Plague in India, 1896, 1897 - Volume 2
Year: 1896
Disease focus: Plague
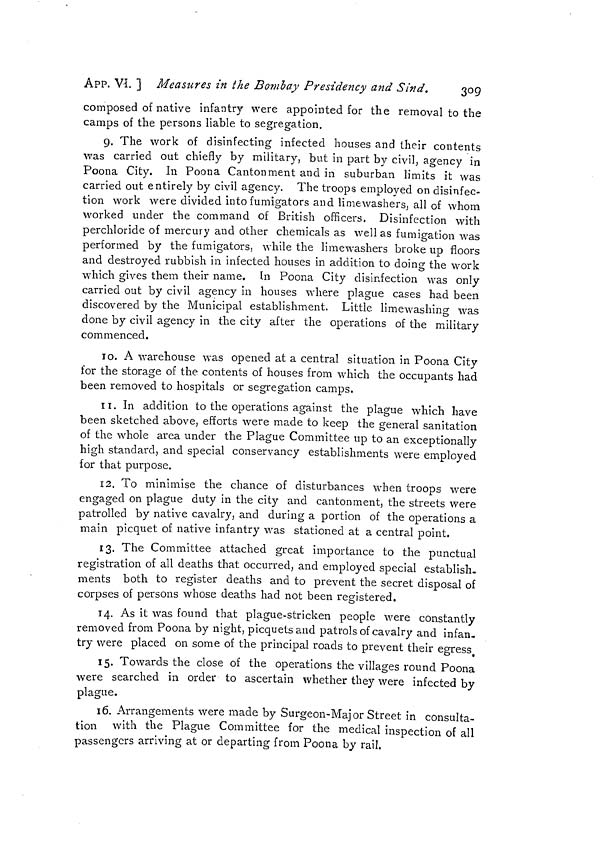
APP. V-I. ] Measures in the Bombay Presidency and Sind.
309
composed of native infantry were appointed for the removal to the
camps of the persons liable to segregation.
9. The work of disinfecting infected houses and their contents
was carried out chiefly by military, but in part by civil, agency in
Poona City. In Poona Cantonment and in suburban limits it was
carried out entirely by civil agency. The troops employed on disinfec-
tion work were divided into fumigators and limewashers, all of whom
worked under the command of British officers. Disinfection with
perchloride of mercury and other chemicals as well as fumigation was
performed by the fumigators, while the limewashers broke up floors
and destroyed rubbish in infected houses in addition to doing the work
which gives them their name. In Poona City disinfection was only
carried out by civil agency in houses where plague cases had been
discovered by the Municipal establishment. Little limewashing was
done by civil agency in the city after the operations of the military
commenced.
10. A warehouse was opened at a central situation in Poona City
for the storage of the contents of houses from which the occupants had
been removed to hospitals or segregation camps.
11. In addition to the operations against the plague which have
been sketched above, efforts were made to keep the general sanitation
of the whole area under the Plague Committee up to an exceptionally
high standard, and special conservancy establishments were employed
for that purpose.
12. To minimise the chance of disturbances when troops were
engaged on plague duty in the city and cantonment, the streets were
patrolled by native cavalry, and during a portion of the operations a
main picquet of native infantry was stationed at a central point.
13. The Committee attached great importance to the punctual
registration of all deaths that occurred, and employed special establish,
ments both to register deaths and to prevent the secret disposal of
corpses of persons whose deaths had not been registered.
14. As it was found that plague-stricken people were constantly
removed from Poona by night, picquetsand patrols of cavalry and infan-
try were placed on some of the principal roads to prevent their egress
15. Towards the close of the operations the villages round Poona
were searched in order to ascertain whether they were infected by
plague.
16. Arrangements were made by Surgeon-Major Street in consulta-
tion with the Plague Committee for the medical inspection of all
passengers arriving at or departing from Poona by rail.